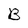
Character: B